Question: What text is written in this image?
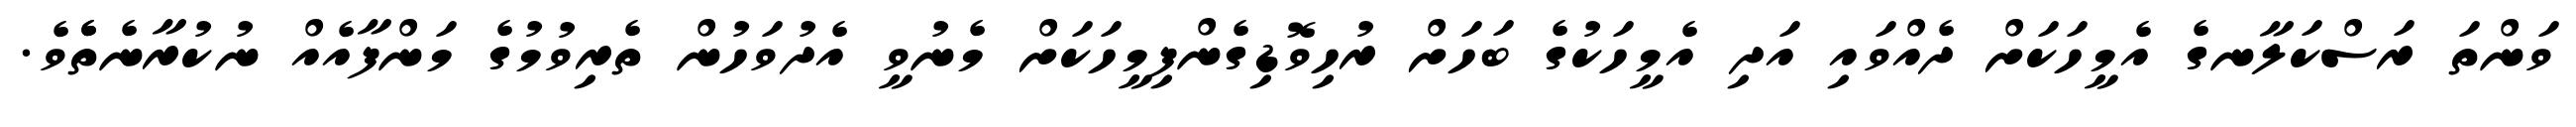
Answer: ވަންތަ ރަސްކަލާނގެ އެމީހަކަށް ދެއްވައި އަދި އެމީހަކުގެ ބަހަށް ރުހިވޮޑިގެންފިމީހަކަށް މެނުވީ އެދުވަހުން ތެރިވުމުގެ މަންފާއެއް ނުކުރާނެތެެވެ.